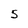
Character: 5